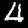
Digit: 4